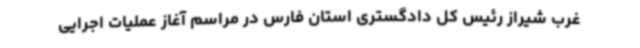
غرب شیراز رئیس کل دادگستری استان فارس در مراسم آغاز عملیات اجرایی